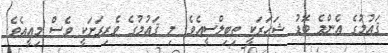
ޤައުމުގެ އެންމެ ބޮޑު ޝަހަރަކީ ތިބިލްސީއެވެ. މި ޤައުމުގެ ވެރިރަށަކީ ވެސް މިއީއެވެ.